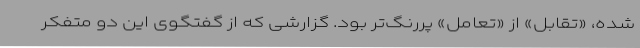
شده، «تقابل» از «تعامل» پررنگ‌تر بود. گزارشی که از گفتگوی این دو متفکر